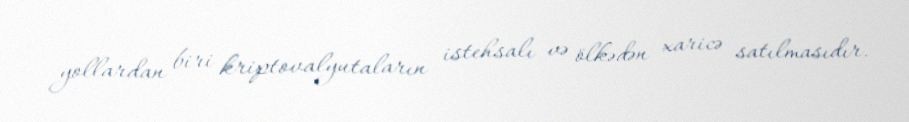
yollardan biri kriptovalyutaların istehsalı və ölkədən xaricə satılmasıdır.